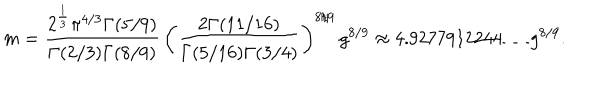
m = { \frac { 2 ^ { \frac { 1 } { 3 } } \pi ^ { 4 / 3 } \Gamma ( 5 / 9 ) } { \Gamma ( 2 / 3 ) \Gamma ( 8 / 9 ) } } \, \left( { \frac { 2 \Gamma ( 1 1 / 1 6 ) } { \Gamma ( 5 / 1 6 ) \Gamma ( 3 / 4 ) } } \right) ^ { 8 / 9 } \, g ^ { 8 / 9 } \approx 4 . 9 2 7 7 9 1 2 2 4 4 \ldots g ^ { 8 / 9 } .